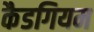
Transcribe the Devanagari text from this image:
कैडगियम